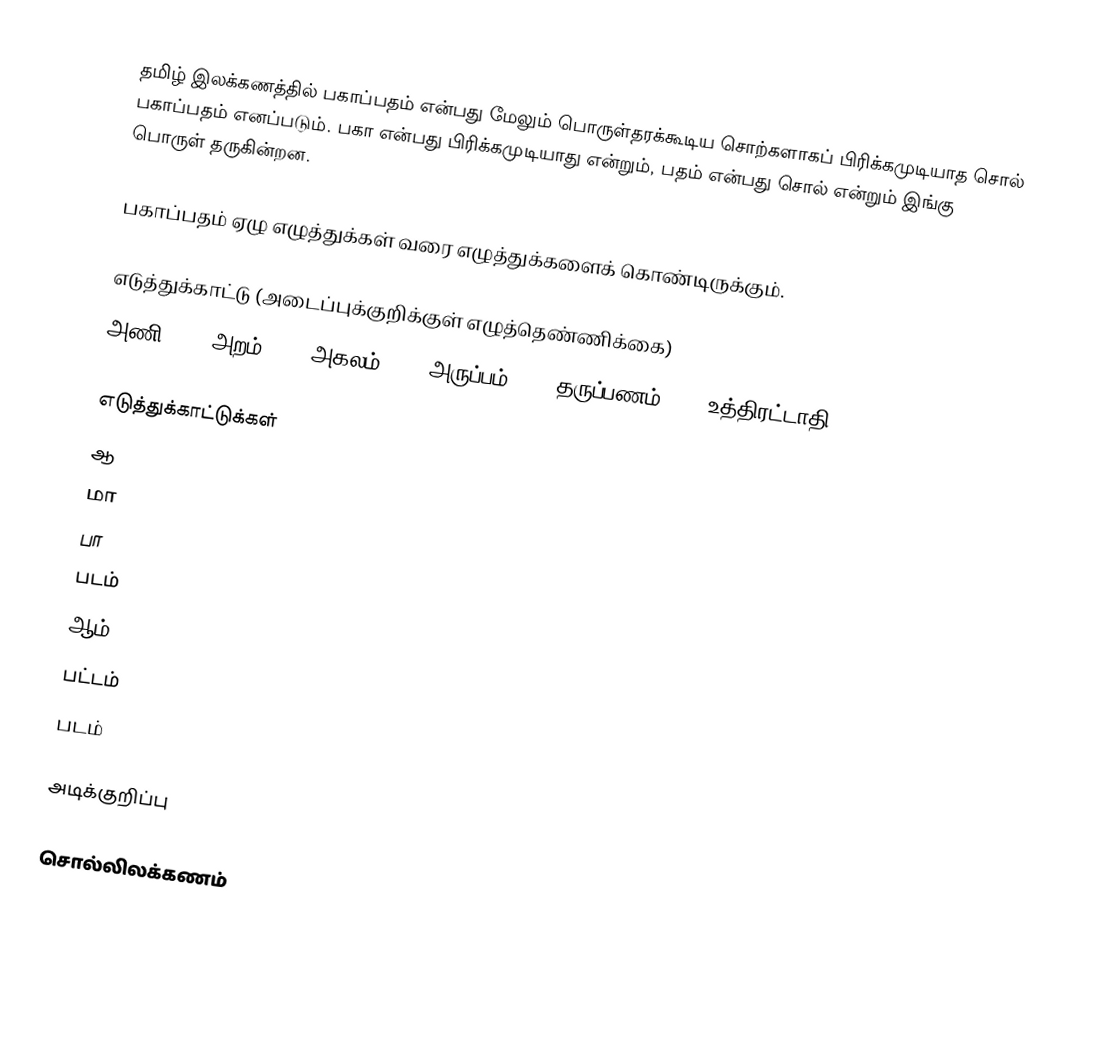
தமிழ் இலக்கணத்தில் பகாப்பதம் என்பது மேலும் பொருள்தரக்கூடிய சொற்களாகப் பிரிக்கமுடியாத சொல் பகாப்பதம் எனப்படும். பகா என்பது பிரிக்கமுடியாது என்றும், பதம் என்பது சொல் என்றும் இங்கு பொருள் தருகின்றன.

பகாப்பதம் ஏழு எழுத்துக்கள் வரை எழுத்துக்களைக் கொண்டிருக்கும்.

எடுத்துக்காட்டு (அடைப்புக்குறிக்குள் எழுத்தெண்ணிக்கை)
 அணி (2), அறம் (3), அகலம் (4), அருப்பம் (5), தருப்பணம் (6), உத்திரட்டாதி (7)

எடுத்துக்காட்டுக்கள்
 ஆ
 மா
 பா
 படம்
 ஆம்
 பட்டம்
 படம்

அடிக்குறிப்பு

சொல்லிலக்கணம்